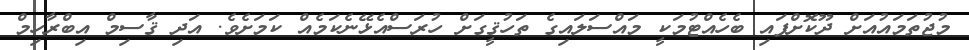
މުޖުތަމައުއަށް ދޫކޮށްފައި ބެހެއްޓުމަކީ މައްސަލައިގެ ތަހުޤީގަށް ހުރަސްއެޅޭނެކަމެއް ކަމަށެވެ. އަދި ޤާސިމް އިބްރާހިމް